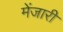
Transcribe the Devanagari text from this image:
मेंजारी